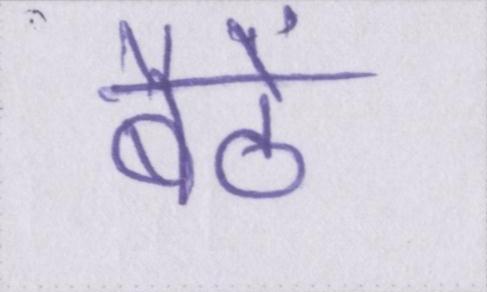
बैठें